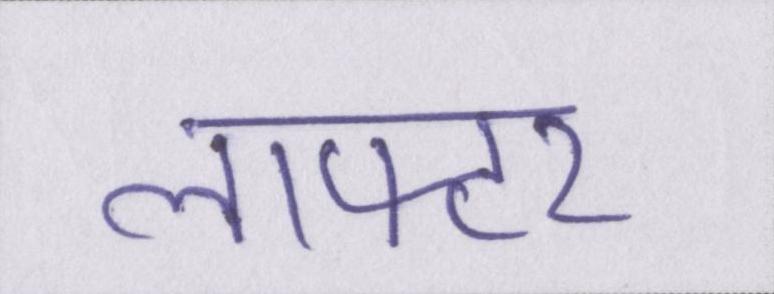
लाफ्टर